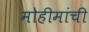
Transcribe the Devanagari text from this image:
मोहीमांची